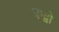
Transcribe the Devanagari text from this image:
पन्द्वी